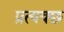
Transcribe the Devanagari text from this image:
प्रत्यक्छ